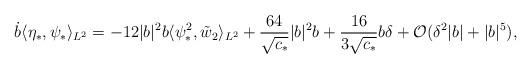
LaTeX: \begin{align*}\dot{b} \langle \eta_*, \psi_* \rangle_{L^2} =-12 |b|^2 b \langle \psi_*^2, \tilde{w}_2 \rangle_{L^2} +\frac{64}{\sqrt{c_*}} |b|^2 b + \frac{16}{3 \sqrt{c_*}} b \delta + \mathcal{O}(\delta^2 |b| + |b|^5),\end{align*}